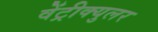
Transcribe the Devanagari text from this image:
वेंट्रीक्युलर